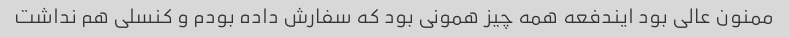
ممنون عالی بود ایندفعه همه چیز همونی بود که سفارش داده بودم و کنسلی هم نداشت